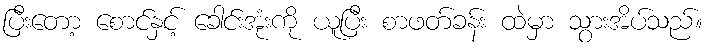
ပြီးတော့ စောင်နှင့် ခေါင်းအုံးကို ယူပြီး စာဖတ်ခန်း ထဲမှာ သွားအိပ်သည်။